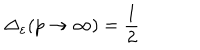
\Delta _ { \varepsilon } ( p \rightarrow \infty ) = \frac { 1 } { 2 }